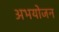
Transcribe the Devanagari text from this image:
अभयोजन